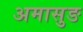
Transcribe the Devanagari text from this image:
अमासुङ